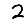
Digit: 2